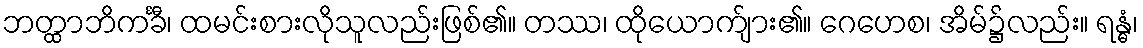
ဘတ္ထာဘိကင်္ခီ၊ ထမင်းစားလိုသူလည်းဖြစ်၏။ တဿ၊ ထိုယောက်ျား၏။ ဂေဟေစ၊ အိမ်၌လည်း။ ရန္ဓံ၊